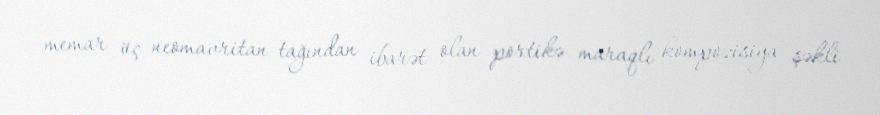
memar üç neomavritan tağından ibarət olan portikə maraqlı kompozisiya şəkli